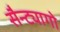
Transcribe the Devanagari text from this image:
सैन्ट्यागो